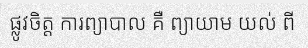
ផ្លូវចិត្ត ការព្យាបាល គឺ ព្យាយាម យល់ ពី